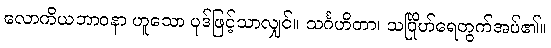
လောကိယဘာဝနာ ဟူသော ပုဒ်ဖြင့်သာလျှင်။ သင်္ဂဟိတာ၊ သင်္ဂြိုဟ်ရေတွက်အပ်၏။